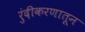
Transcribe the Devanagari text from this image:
रुंदीकरणातून